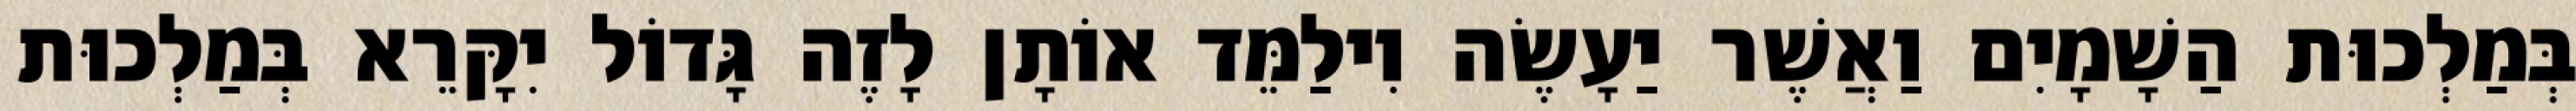
בְּמַלְכוּת הַשָׁמָיִם וַאֲשֶׁר יַעָשֶׂה וִילַמֵּד אוֹתָן לָזֶה גָּדוֹל יִקָּרֵא בְּמַלְכוּת